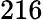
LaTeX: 216